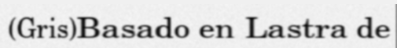
(Gris)Basado en Lastra de